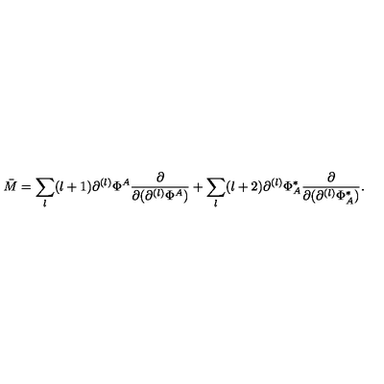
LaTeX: \bar { M } = \sum _ { l } ( l + 1 ) \partial ^ { ( l ) } \Phi ^ { A } \frac { \partial } { \partial ( \partial ^ { ( l ) } \Phi ^ { A } ) } + \sum _ { l } ( l + 2 ) \partial ^ { ( l ) } \Phi _ { A } ^ { * } \frac { \partial } { \partial ( \partial ^ { ( l ) } \Phi _ { A } ^ { * } ) } .